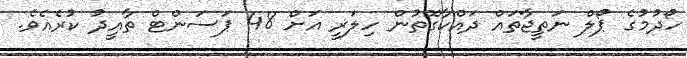
ހޯދުމުގެ ޕޯލް ނަތީޖާތައް ދައްކާގޮތުން ހިލަރީ އަށް 48 ޕަސަންޓް ތާއީދު ކުރެއެވެ.